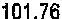
101.76